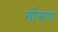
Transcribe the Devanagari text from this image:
गोरूप